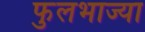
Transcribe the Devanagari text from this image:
फुलभाज्या